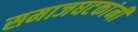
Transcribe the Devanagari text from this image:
समाजघटकांनी